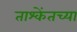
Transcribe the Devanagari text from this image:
ताश्केंतच्या